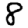
Digit: 8